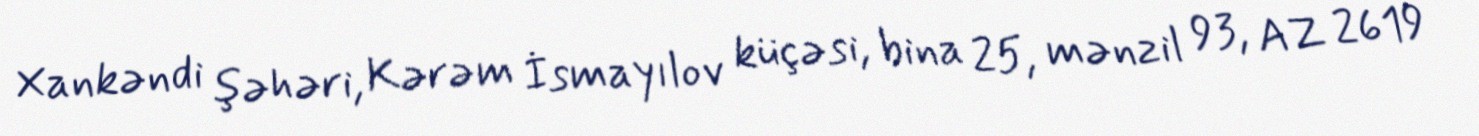
Xankəndi şəhəri, Kərəm İsmayılov küçəsi, bina 25, mənzil 93, AZ 2619